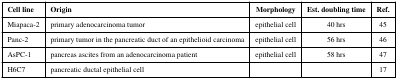
| Cell line | Origin | Morphology | Est. doubling time | Ref. |
 | --- | --- | --- | --- | --- |
 | Miapaca-2 | primary adenocarcinoma tumor | epithelial cell | 40 hrs | 45 |
 | Panc-2 | primary tumor in the pancreatic duct of an epithelioid carcinoma | epithelial cell | 56 hrs | 46 |
 | AsPC-1 | pancreas ascites from an adenocarcinoma patient | epithelial cell | 58 hrs | 47 |
 | H6C7 | pancreatic ductal epithelial cell |  |  | 17 |